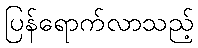
ပြန်ရောက်လာသည့်